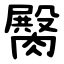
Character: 臋